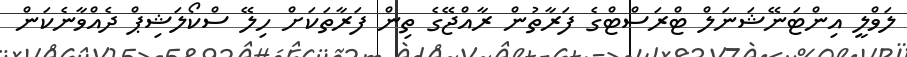
ލަވްލީ އިންޓަނޭޝަނަލް ޓްރަސްޓްގެ ފަރާތުން ރާއްޖޭގެ ތިން ފަރާތަކަށް ހިލޭ ސްކޯލަޝިޕް ދެއްވާނެކަން